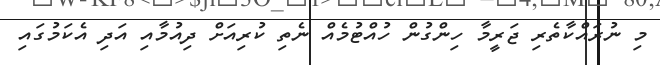
މި ނުރައްކާތެރި ޖަރީމާ ހިންގުން ހުއްޓުމެއް ނެތި ކުރިއަށް ދިއުމާއި އަދި އެކަމުގައި